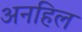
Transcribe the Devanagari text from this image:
अनहिल